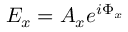
E _ { x } = A _ { x } e ^ { i \Phi _ { x } }